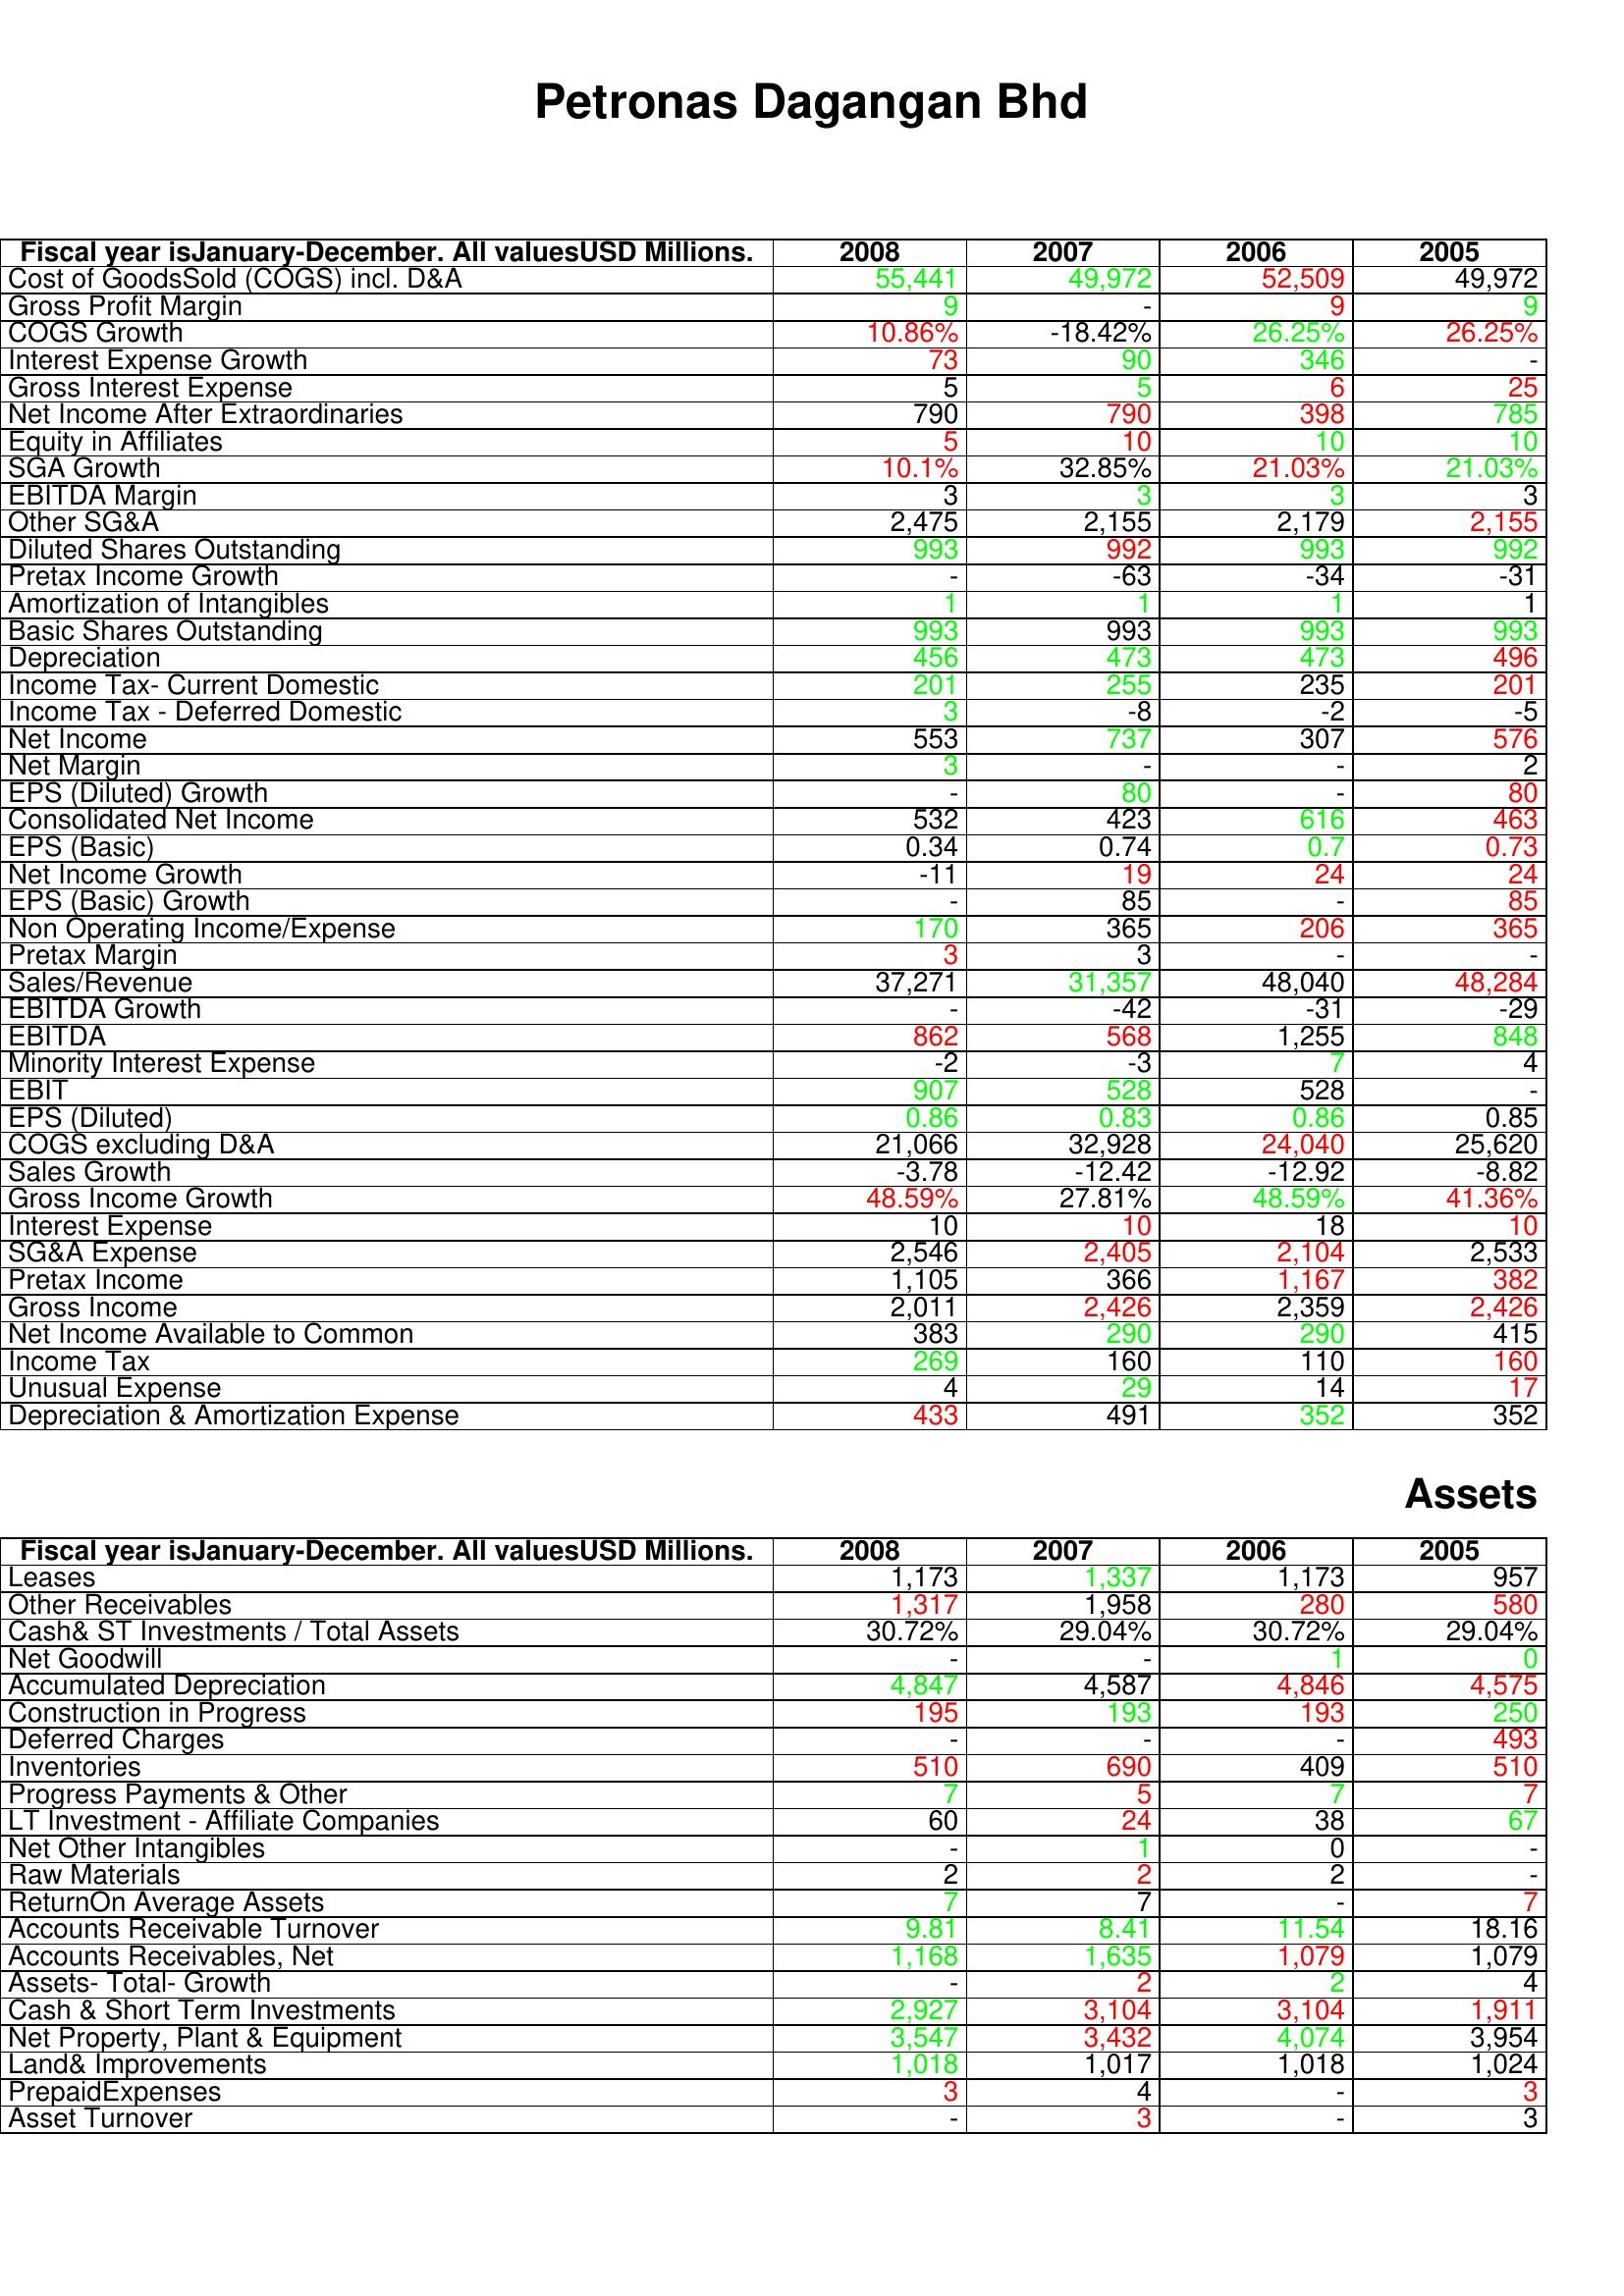
gt_parse: 2008: : Cost of GoodsSold (COGS) incl. D&A: 55,441
Gross Profit Margin: 9
COGS Growth: 10.86%
Interest Expense Growth: 73
Gross Interest Expense: 5
Net Income After Extraordinaries: 790
Equity in Affiliates: 5
SGA Growth: 10.1%
EBITDA Margin: 3
Other SG&A: 2,475
Diluted Shares Outstanding: 993
Pretax Income Growth: -
Amortization of Intangibles: 1
Basic Shares Outstanding: 993
Depreciation: 456
Income Tax- Current Domestic: 201
Income Tax - Deferred Domestic: 3
Net Income: 553
Net Margin: 3
EPS (Diluted) Growth: -
Consolidated Net Income: 532
EPS (Basic): 0.34
Net Income Growth: -11
EPS (Basic) Growth: -
Non Operating Income/Expense: 170
Pretax Margin: 3
Sales/Revenue: 37,271
EBITDA Growth: -
EBITDA: 862
Minority Interest Expense: -2
EBIT: 907
EPS (Diluted): 0.86
COGS excluding D&A: 21,066
Sales Growth: -3.78
Gross Income Growth: 48.59%
Interest Expense: 10
SG&A Expense: 2,546
Pretax Income: 1,105
Gross Income: 2,011
Net Income Available to Common: 383
Income Tax: 269
Unusual Expense: 4
Depreciation & Amortization Expense: 433
Assets: Leases: 1,173
Other Receivables: 1,317
Cash& ST Investments / Total Assets: 30.72%
Net Goodwill: -
Accumulated Depreciation: 4,847
Construction in Progress: 195
Deferred Charges: -
Inventories: 510
Progress Payments & Other: 7
LT Investment - Affiliate Companies: 60
Net Other Intangibles: -
Raw Materials: 2
ReturnOn Average Assets: 7
Accounts Receivable Turnover: 9.81
Accounts Receivables, Net: 1,168
Assets- Total- Growth: -
Cash & Short Term Investments: 2,927
Net Property, Plant & Equipment: 3,547
Land& Improvements: 1,018
PrepaidExpenses: 3
Asset Turnover: -
2007: : Cost of GoodsSold (COGS) incl. D&A: 49,972
Gross Profit Margin: -
COGS Growth: -18.42%
Interest Expense Growth: 90
Gross Interest Expense: 5
Net Income After Extraordinaries: 790
Equity in Affiliates: 10
SGA Growth: 32.85%
EBITDA Margin: 3
Other SG&A: 2,155
Diluted Shares Outstanding: 992
Pretax Income Growth: -63
Amortization of Intangibles: 1
Basic Shares Outstanding: 993
Depreciation: 473
Income Tax- Current Domestic: 255
Income Tax - Deferred Domestic: -8
Net Income: 737
Net Margin: -
EPS (Diluted) Growth: 80
Consolidated Net Income: 423
EPS (Basic): 0.74
Net Income Growth: 19
EPS (Basic) Growth: 85
Non Operating Income/Expense: 365
Pretax Margin: 3
Sales/Revenue: 31,357
EBITDA Growth: -42
EBITDA: 568
Minority Interest Expense: -3
EBIT: 528
EPS (Diluted): 0.83
COGS excluding D&A: 32,928
Sales Growth: -12.42
Gross Income Growth: 27.81%
Interest Expense: 10
SG&A Expense: 2,405
Pretax Income: 366
Gross Income: 2,426
Net Income Available to Common: 290
Income Tax: 160
Unusual Expense: 29
Depreciation & Amortization Expense: 491
Assets: Leases: 1,337
Other Receivables: 1,958
Cash& ST Investments / Total Assets: 29.04%
Net Goodwill: -
Accumulated Depreciation: 4,587
Construction in Progress: 193
Deferred Charges: -
Inventories: 690
Progress Payments & Other: 5
LT Investment - Affiliate Companies: 24
Net Other Intangibles: 1
Raw Materials: 2
ReturnOn Average Assets: 7
Accounts Receivable Turnover: 8.41
Accounts Receivables, Net: 1,635
Assets- Total- Growth: 2
Cash & Short Term Investments: 3,104
Net Property, Plant & Equipment: 3,432
Land& Improvements: 1,017
PrepaidExpenses: 4
Asset Turnover: 3
2006: : Cost of GoodsSold (COGS) incl. D&A: 52,509
Gross Profit Margin: 9
COGS Growth: 26.25%
Interest Expense Growth: 346
Gross Interest Expense: 6
Net Income After Extraordinaries: 398
Equity in Affiliates: 10
SGA Growth: 21.03%
EBITDA Margin: 3
Other SG&A: 2,179
Diluted Shares Outstanding: 993
Pretax Income Growth: -34
Amortization of Intangibles: 1
Basic Shares Outstanding: 993
Depreciation: 473
Income Tax- Current Domestic: 235
Income Tax - Deferred Domestic: -2
Net Income: 307
Net Margin: -
EPS (Diluted) Growth: -
Consolidated Net Income: 616
EPS (Basic): 0.7
Net Income Growth: 24
EPS (Basic) Growth: -
Non Operating Income/Expense: 206
Pretax Margin: -
Sales/Revenue: 48,040
EBITDA Growth: -31
EBITDA: 1,255
Minority Interest Expense: 7
EBIT: 528
EPS (Diluted): 0.86
COGS excluding D&A: 24,040
Sales Growth: -12.92
Gross Income Growth: 48.59%
Interest Expense: 18
SG&A Expense: 2,104
Pretax Income: 1,167
Gross Income: 2,359
Net Income Available to Common: 290
Income Tax: 110
Unusual Expense: 14
Depreciation & Amortization Expense: 352
Assets: Leases: 1,173
Other Receivables: 280
Cash& ST Investments / Total Assets: 30.72%
Net Goodwill: 1
Accumulated Depreciation: 4,846
Construction in Progress: 193
Deferred Charges: -
Inventories: 409
Progress Payments & Other: 7
LT Investment - Affiliate Companies: 38
Net Other Intangibles: 0
Raw Materials: 2
ReturnOn Average Assets: -
Accounts Receivable Turnover: 11.54
Accounts Receivables, Net: 1,079
Assets- Total- Growth: 2
Cash & Short Term Investments: 3,104
Net Property, Plant & Equipment: 4,074
Land& Improvements: 1,018
PrepaidExpenses: -
Asset Turnover: -
2005: : Cost of GoodsSold (COGS) incl. D&A: 49,972
Gross Profit Margin: 9
COGS Growth: 26.25%
Interest Expense Growth: -
Gross Interest Expense: 25
Net Income After Extraordinaries: 785
Equity in Affiliates: 10
SGA Growth: 21.03%
EBITDA Margin: 3
Other SG&A: 2,155
Diluted Shares Outstanding: 992
Pretax Income Growth: -31
Amortization of Intangibles: 1
Basic Shares Outstanding: 993
Depreciation: 496
Income Tax- Current Domestic: 201
Income Tax - Deferred Domestic: -5
Net Income: 576
Net Margin: 2
EPS (Diluted) Growth: 80
Consolidated Net Income: 463
EPS (Basic): 0.73
Net Income Growth: 24
EPS (Basic) Growth: 85
Non Operating Income/Expense: 365
Pretax Margin: -
Sales/Revenue: 48,284
EBITDA Growth: -29
EBITDA: 848
Minority Interest Expense: 4
EBIT: -
EPS (Diluted): 0.85
COGS excluding D&A: 25,620
Sales Growth: -8.82
Gross Income Growth: 41.36%
Interest Expense: 10
SG&A Expense: 2,533
Pretax Income: 382
Gross Income: 2,426
Net Income Available to Common: 415
Income Tax: 160
Unusual Expense: 17
Depreciation & Amortization Expense: 352
Assets: Leases: 957
Other Receivables: 580
Cash& ST Investments / Total Assets: 29.04%
Net Goodwill: 0
Accumulated Depreciation: 4,575
Construction in Progress: 250
Deferred Charges: 493
Inventories: 510
Progress Payments & Other: 7
LT Investment - Affiliate Companies: 67
Net Other Intangibles: -
Raw Materials: -
ReturnOn Average Assets: 7
Accounts Receivable Turnover: 18.16
Accounts Receivables, Net: 1,079
Assets- Total- Growth: 4
Cash & Short Term Investments: 1,911
Net Property, Plant & Equipment: 3,954
Land& Improvements: 1,024
PrepaidExpenses: 3
Asset Turnover: 3